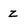
Character: Z